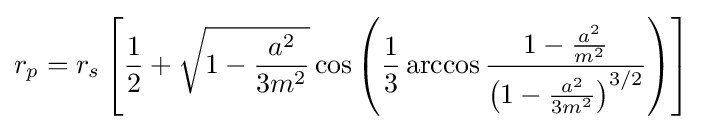
r_{p}=r_{s}\left[{\frac {1}{2}}+{\sqrt {1-{\frac {a^{2}}{3m^{2}}}}}\cos \left({\frac {1}{3}}\arccos {\frac {1-{\frac {a^{2}}{m^{2}}}}{\left(1-{\frac {a^{2}}{3m^{2}}}\right)^{3/2}}}\right)\right]